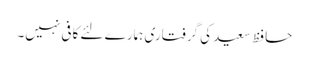
حافظ سعید کی گرفتاری ہمارے لئے کافی نہیں۔